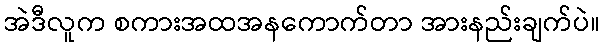
အဲဒီလူက စကားအထအနကောက်တာ အားနည်းချက်ပဲ။